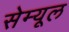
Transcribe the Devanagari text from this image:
सेम्यूल